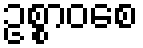
ဥစ္စာဝစေ